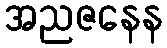
အညဇနေန